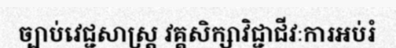
ច្បាប់វេជ្ជសាស្ត្រ វគ្គសិក្សាវិជ្ជាជីវៈការអប់រំ